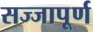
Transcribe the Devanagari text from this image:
सज्जापूर्ण